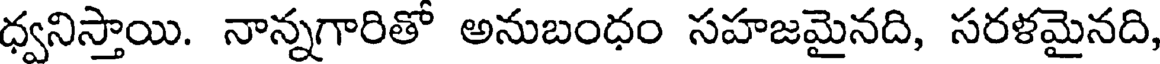
ధ్వనిస్తాయి. నాన్నగారితో అనుబంధం సహజమైనది, సరళమైనది,